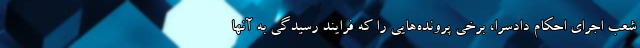
شعب اجرای احکام دادسرا، برخی پرونده‌هایی را که فرایند رسیدگی به آنها